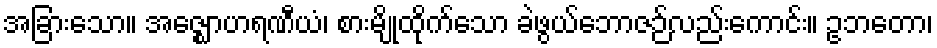
အခြားသော။ အဇ္ဈောဟရဏီယံ၊ စားမျိုထိုက်သော ခဲဖွယ်ဘောဇဉ်လည်းကောင်း။ ဥဘတော၊